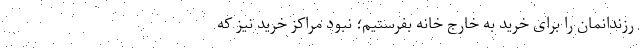
رزندانمان را برای خرید به خارج خانه بفرستیم؛ نبود مراکز خرید نیز که